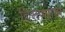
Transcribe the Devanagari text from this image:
दिसण्याचा